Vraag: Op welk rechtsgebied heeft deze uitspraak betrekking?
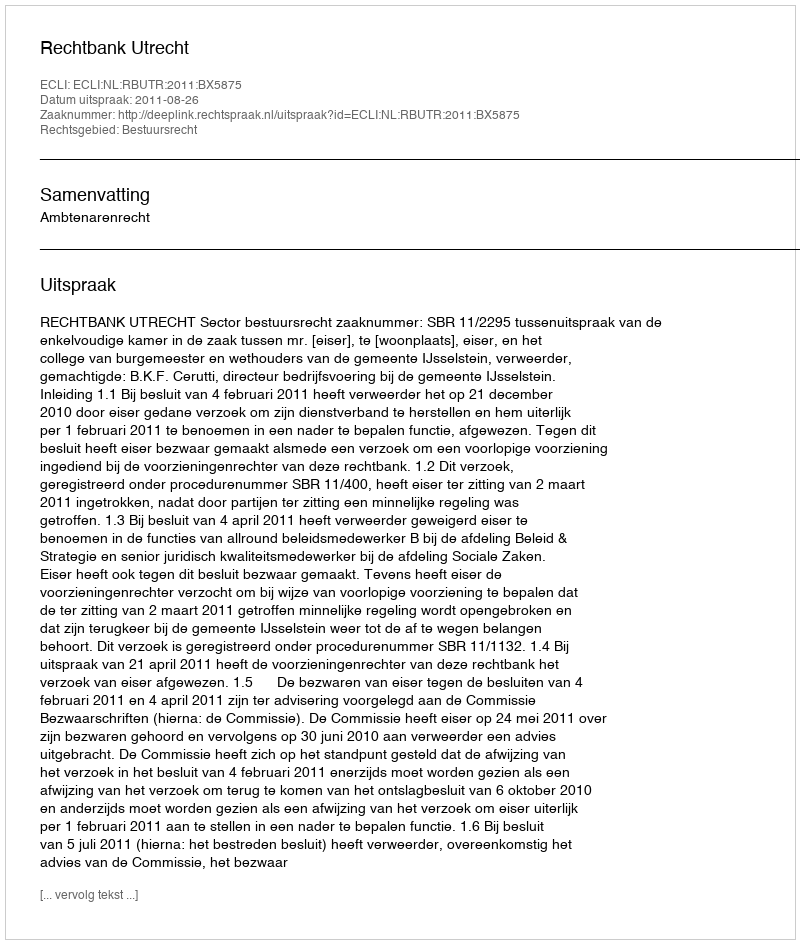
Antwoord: Bestuursrecht